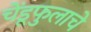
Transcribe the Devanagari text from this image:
चेंडूफुलाचे